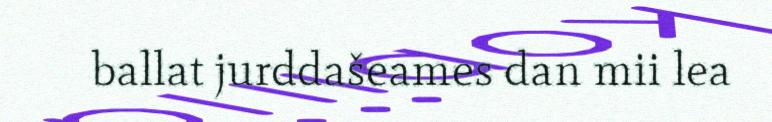
ballat jurddašeames dan mii lea